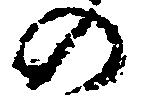
の